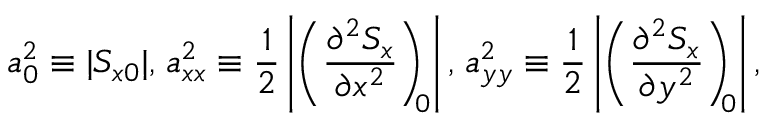
a _ { 0 } ^ { 2 } \equiv | S _ { x 0 } | , \; \! a _ { x x } ^ { 2 } \equiv \frac { 1 } { 2 } \left| \left( \frac { \partial ^ { 2 } S _ { x } } { \partial x ^ { 2 } } \right) _ { \! \! 0 } \right| , \; \! a _ { y y } ^ { 2 } \equiv \frac { 1 } { 2 } \left| \left( \frac { \partial ^ { 2 } S _ { x } } { \partial y ^ { 2 } } \right) _ { \! \! 0 } \right| ,